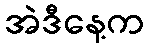
အဲဒီနေ့က